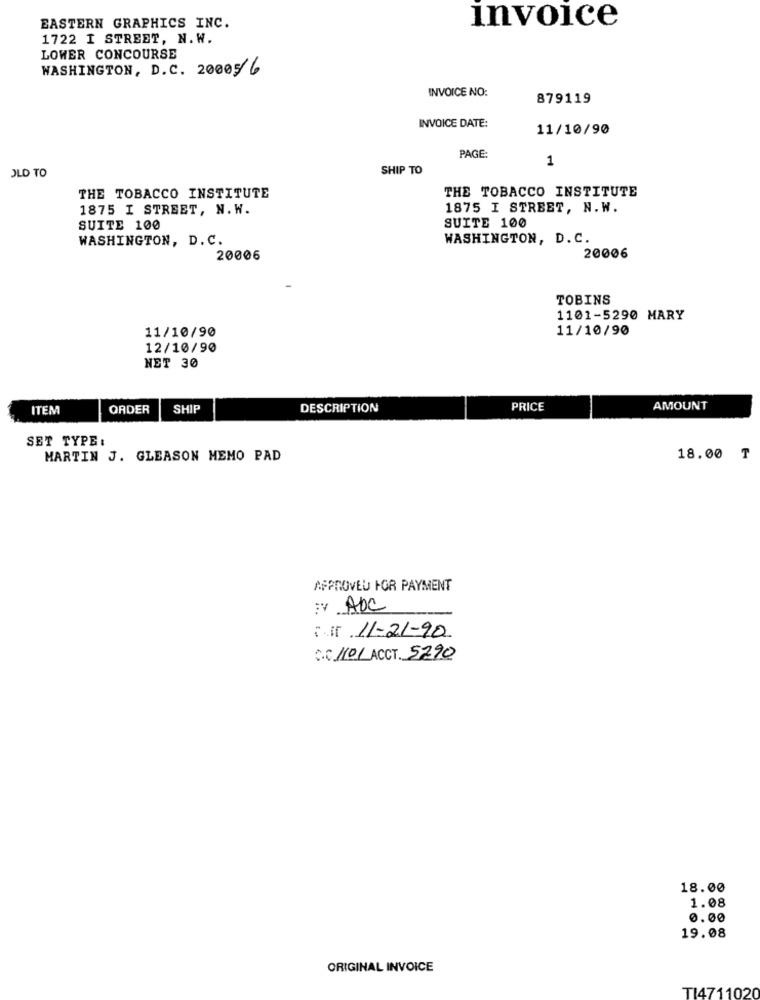
invoice
EASTERN GRAPHICS INC.
1722 I STREET, N. W.
LOWER CONCOURSE
WASHINGTON, D.C. 20005/6
INVOICE NO:
879119
INVOICE DATE:
11/10/90
PAGE:
1
OLD TO
SHIP TO
THE TOBACCO INSTITUTE
THE TOBACCO INSTITUTE
1875 I STREET, N. W.
1875 I STREET, N. W.
SUITE 100
SUITE 100
WASHINGTON, D. C.
WASHINGTON, D. C.
20006
20006
TOBINS
1101-5290 MARY
11/10/90
11/10/90
12/10/90
NET 30
ITEM
ORDER
SHIP
DESCRIPTION
PRICE
AMOUNT
SET TYPE:
MARTIN J. GLEASON MEMO PAD
18.00 ₸
APPROVED FOR PAYMENT
Y AbC
it 11-21-90
C.C 110 ACCT. 5290
18.00
1.08
0.00
19.08
ORIGINAL INVOICE
TI471102